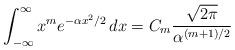
LaTeX: \begin{align*} \int_{-\infty}^\infty x^m e^{-\alpha x^2/2} \, dx &= C_m\frac{\sqrt{2 \pi}}{\alpha^{(m + 1)/2}}\end{align*}